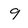
Character: 9